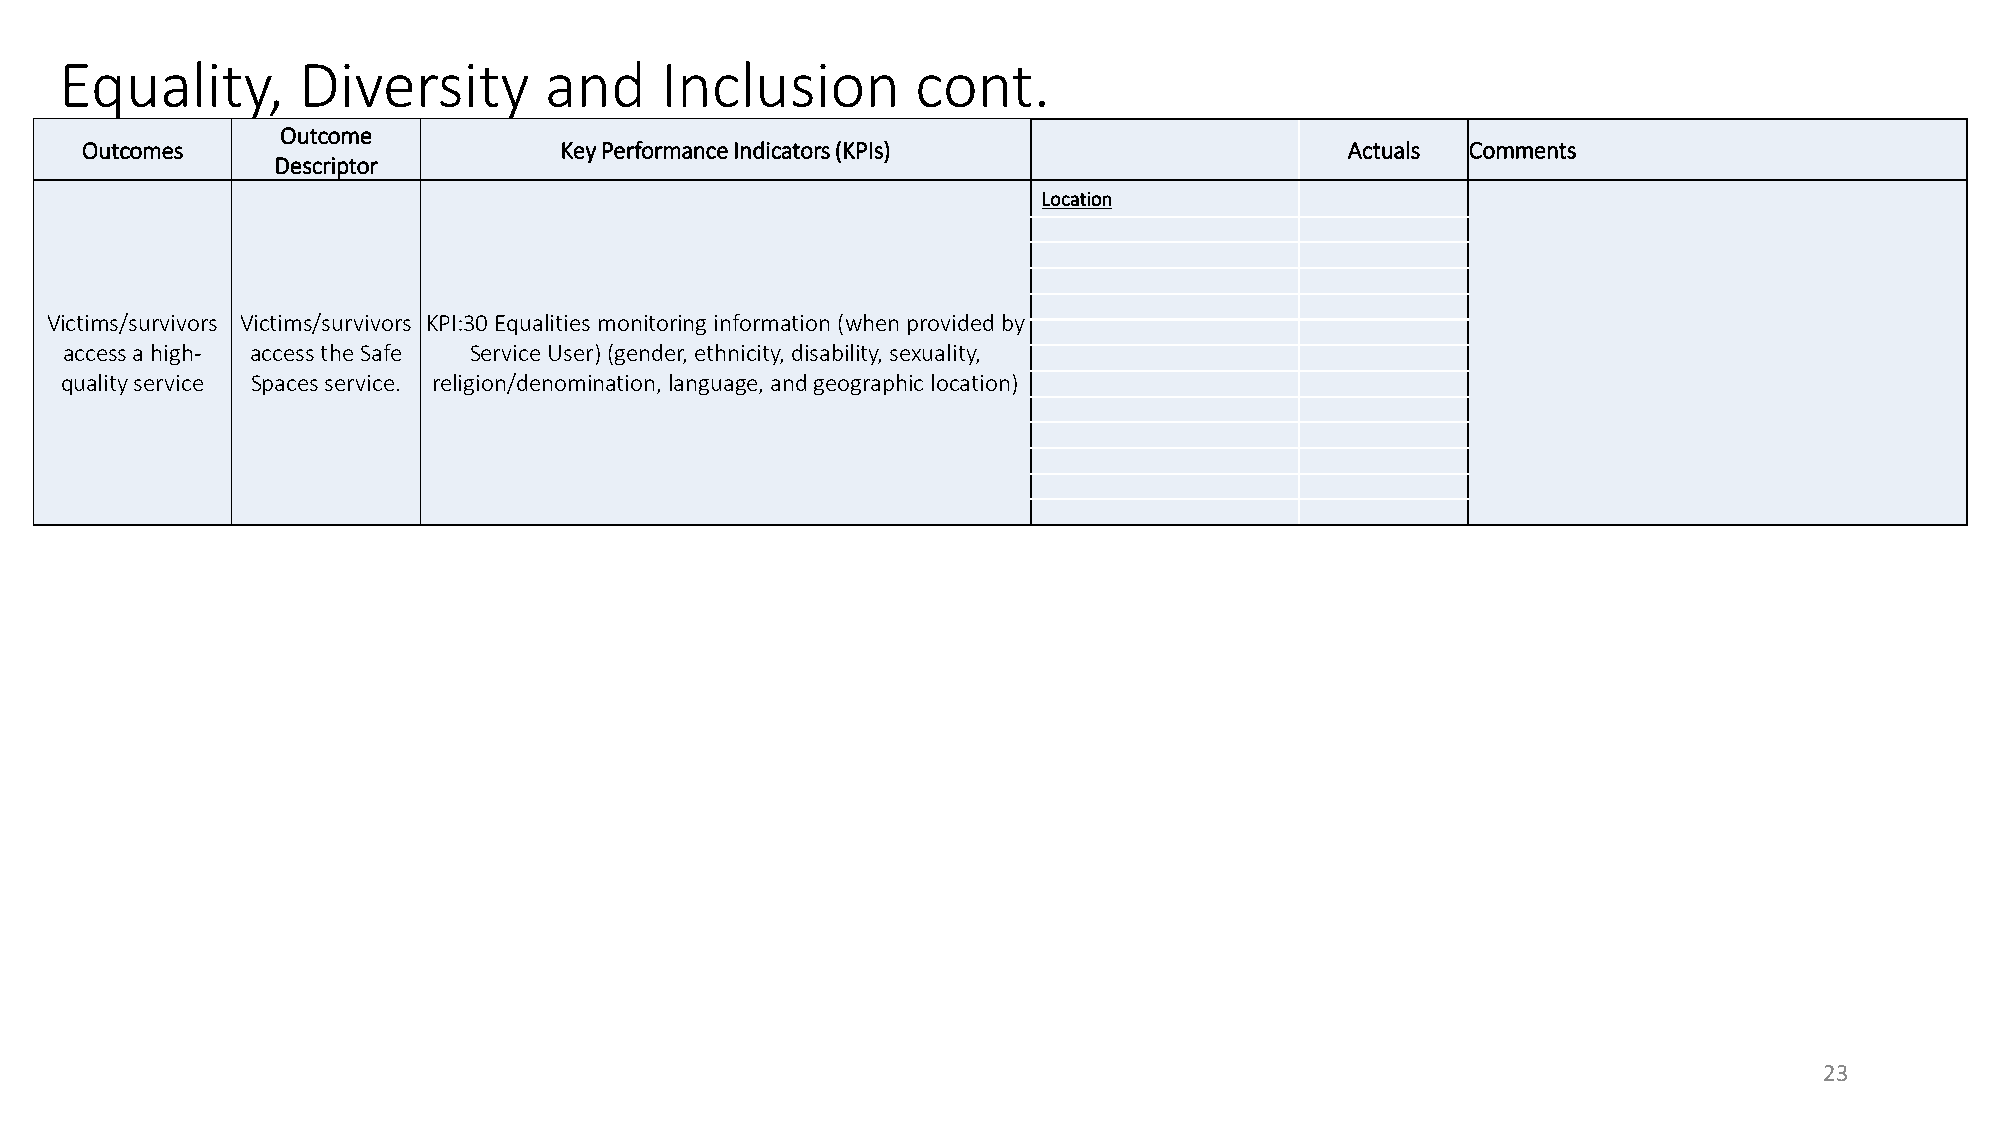
Equality,       Diversity       and     Inclusion        cont.
 Outcome
 Outcomes                        Key Performance Indicators (KPIs)                   Actuals Comments
 Descriptor
 Location
 Victims/survivors Victims/survivors KPI:30 Equalities monitoring information (when provided by
 access a high- access the Safe Service User) (gender, ethnicity, disability, sexuality,
 quality service Spaces service. religion/denomination, language, and geographic location)
 23